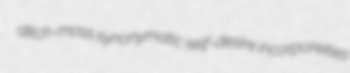
ditch-moss synonymatic self-desire incorporeities